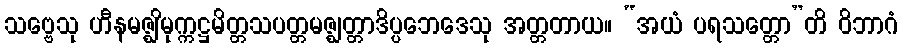
သဗ္ဗေသု ဟီနမဇ္ဈိမုက္ကဋ္ဌမိတ္တသပတ္တမဇ္ဈတ္တာဒိပ္ပဘေဒေသု အတ္တတာယ။ “အယံ ပရသတ္တော”တိ ဝိဘာဂံ